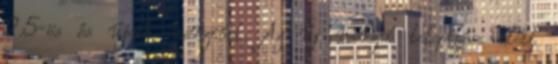
2.5-ös és újabb verzióit. Az új verzió telepítése előtt